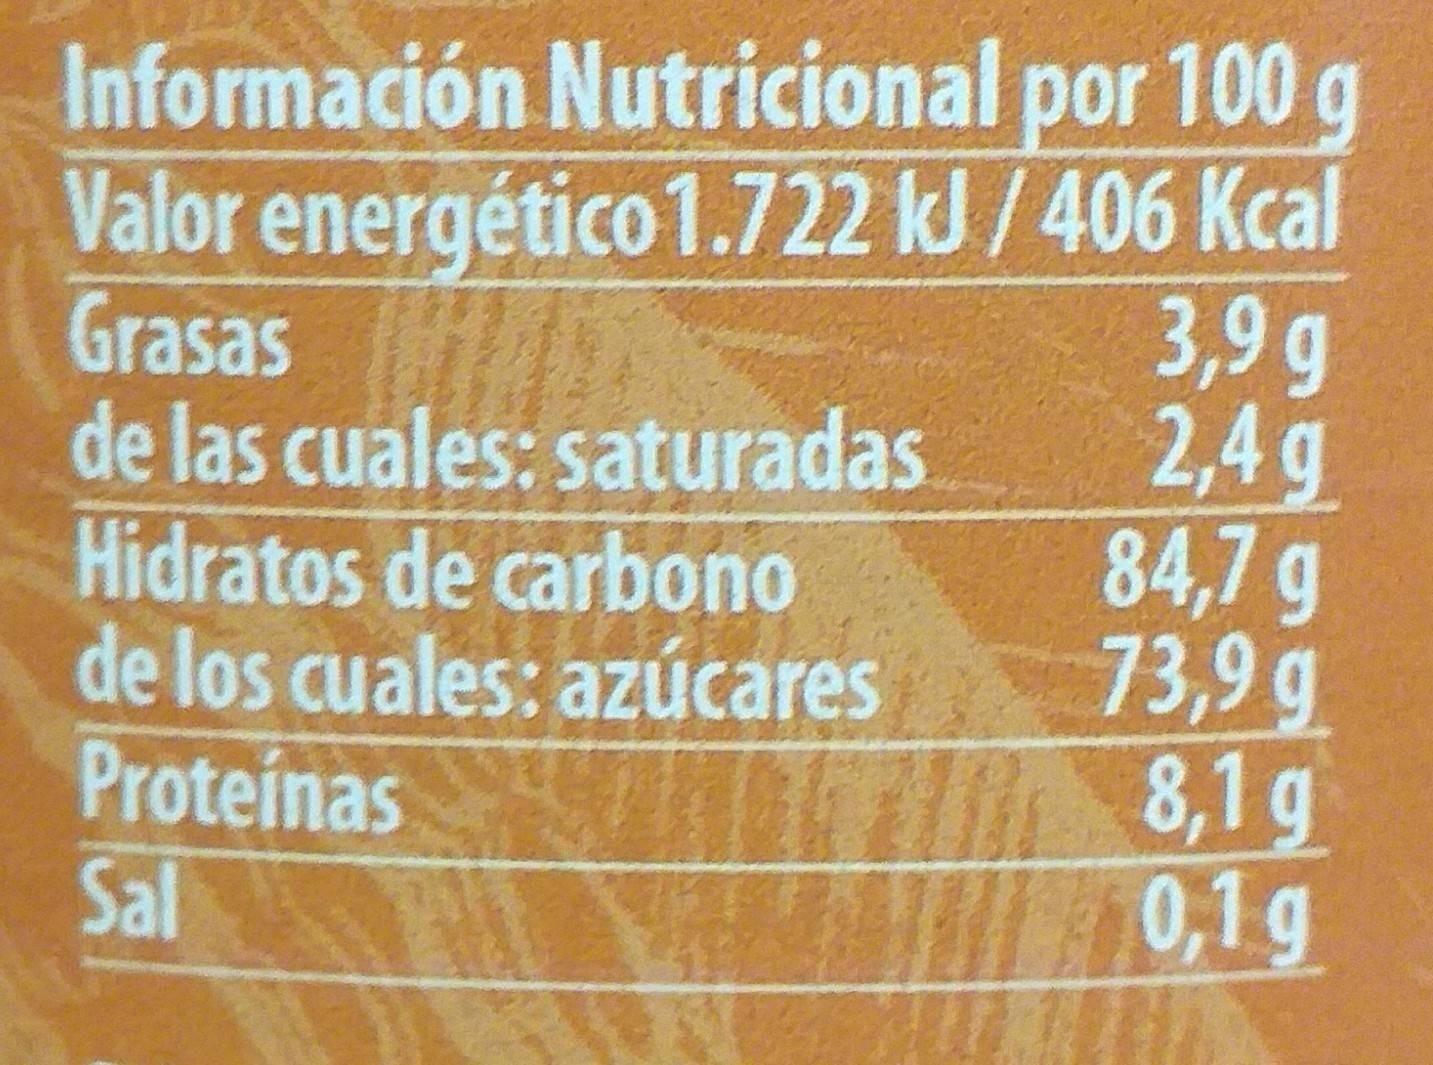
Información Nutricional por 100 g Valor energético 1.722 kJ/406 Kcal Grasas de las cuales: saturadas Hidratos de carbono de los cuales: azúcares Proteinas Sal
3,9g 2,4 g 84,7g 73,9 g 8,1 g 0,1g